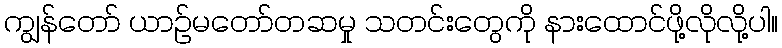
ကျွန်တော် ယာဉ်မတော်တဆမှု သတင်းတွေကို နားထောင်ဖို့လိုလို့ပါ။